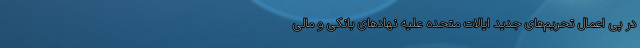
در پی اعمال تحریم‌های جدید ایالات متحده علیه نهادهای بانکی و مالی